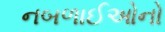
નબળાઈઓનો